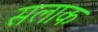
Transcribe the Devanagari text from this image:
सलाक